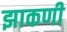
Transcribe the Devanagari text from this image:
झाकणी